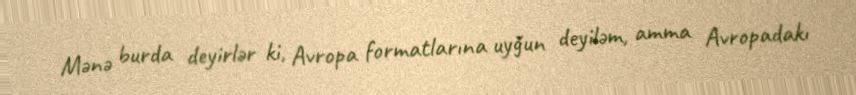
Mənə burda deyirlər ki, Avropa formatlarına uyğun deyiləm, amma Avropadakı